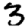
Digit: 3